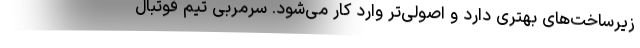
زیرساخت‌های بهتری دارد و اصولی‌تر وارد کار می‌شود. سرمربی تیم فوتبال